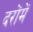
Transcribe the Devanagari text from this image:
दरोंमें